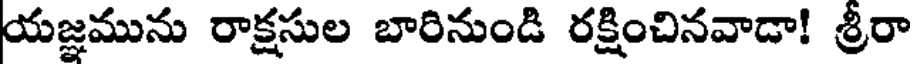
యజ్ఞమును రాక్షసుల బారినుండి రక్షించినవాడా! శ్రీరా